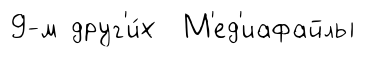
9-м друг'и́х М'ед'иафайлы